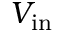
V _ { \mathrm { i n } }